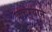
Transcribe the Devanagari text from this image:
कचर्‍याने